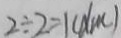
2 \div 2 = 1 ( d m )